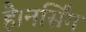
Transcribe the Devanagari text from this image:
है।नर्सिंग